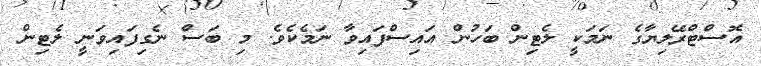
އޮސްޓްރޭލިޔާގެ ނަމަކީ ލެޓިން ބަހުން އައިސްފައިވާ ނަމެކެވެ. މި ބަސް ނެގިފައިވަނީ ލެޓިން